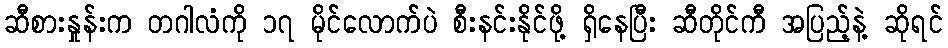
ဆီစားနှုန်းက တဂါလံကို ၁၇ မိုင်လောက်ပဲ စီးနင်းနိုင်ဖို့ ရှိနေပြီး ဆီတိုင်ကီ အပြည့်နဲ့ ဆိုရင်